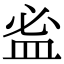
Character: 𥁑